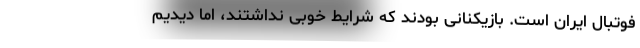
فوتبال ایران است. بازیکنانی بودند که شرایط خوبی نداشتند، اما دیدیم